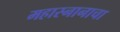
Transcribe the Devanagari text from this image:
महास्नानाचा